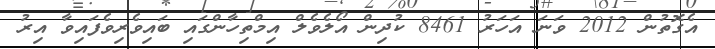
އެގޮތުން 2012 ވަނަ އަހަރު 8461 ކުދިން އޯލެވެލް އިމްތިހާންގައި ބައިވެރިވެފައިވާ އިރު